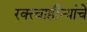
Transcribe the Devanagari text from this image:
रक्त्वाहीन्यांचे